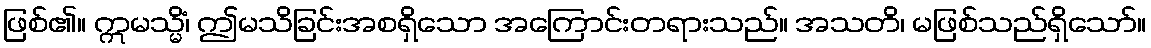
ဖြစ်၏။ ဣမသ္မိံ၊ ဤမသိခြင်းအစရှိသော အကြောင်းတရားသည်။ အသတိ၊ မဖြစ်သည်ရှိသော်။